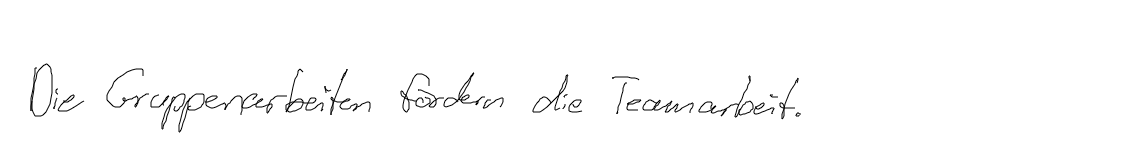
Die Gruppenarbeiten fördern die Teamarbeit.